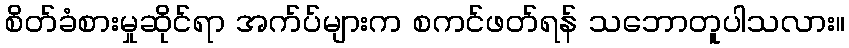
စိတ်ခံစားမှုဆိုင်ရာ အက်ပ်များက စကင်ဖတ်ရန် သဘောတူပါသလား။